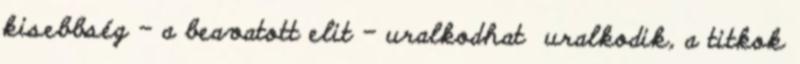
kisebbség – a beavatott elit – uralkodhat uralkodik, a titkok